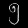
Digit: ၅